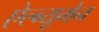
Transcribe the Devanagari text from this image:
ऐल्ब्यूमेन